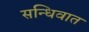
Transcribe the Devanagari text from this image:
सन्धिवात